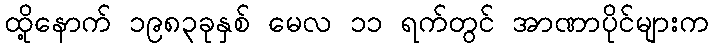
ထို့နောက် ၁၉၈၃ခုနှစ် မေလ ၁၁ ရက်တွင် အာဏာပိုင်များက